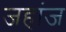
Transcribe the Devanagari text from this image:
जहांज